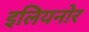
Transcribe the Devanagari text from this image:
इलियनोर